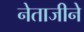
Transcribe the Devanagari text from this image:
नेताजीने